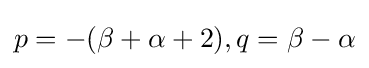
p=-(\beta +\alpha +2),q=\beta -\alpha